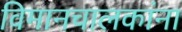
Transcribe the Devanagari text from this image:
विमानचालकांना